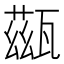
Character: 𤮀